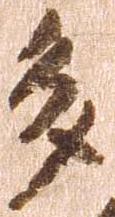
多